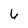
Character: 6